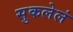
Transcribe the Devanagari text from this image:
सुकलेलं